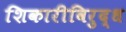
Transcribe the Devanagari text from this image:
शिकारीविरुद्ध